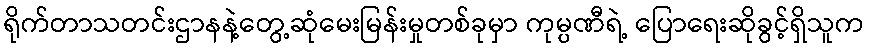
ရိုက်တာသတင်းဌာနနဲ့တွေ့ဆုံမေးမြန်းမှုတစ်ခုမှာ ကုမ္ပဏီရဲ့ ပြောရေးဆိုခွင့်ရှိသူက